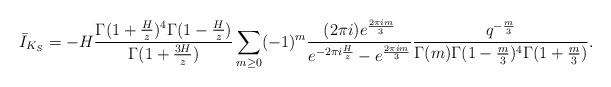
LaTeX: \begin{align*} \bar{I}_{K_S}=-H\frac{\Gamma(1+\frac H z)^4\Gamma(1-\frac H z)}{\Gamma(1+\frac{3H}{z})}\sum_{m\geq 0}(-1)^m\frac{(2\pi i)e^{\frac{2\pi im}{3}}}{e^{-2\pi i \frac{H}{z}}-e^{\frac{2\pi im}{3}}}\frac{q^{-\frac m 3}}{\Gamma(m)\Gamma(1-\frac m 3)^4\Gamma(1+\frac m 3)}.\end{align*}